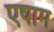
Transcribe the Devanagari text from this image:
एषाम